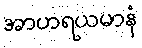
အာဟရယမာနံ